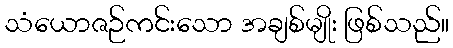
သံယောဇဉ်ကင်းသော အချစ်မျိုး ဖြစ်သည်။